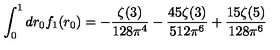
\int _ { 0 } ^ { 1 } d r _ { 0 } f _ { 1 } ( r _ { 0 } ) = - \frac { \zeta ( 3 ) } { 1 2 8 \pi ^ { 4 } } - \frac { 4 5 \zeta ( 3 ) } { 5 1 2 \pi ^ { 6 } } + \frac { 1 5 \zeta ( 5 ) } { 1 2 8 \pi ^ { 6 } }